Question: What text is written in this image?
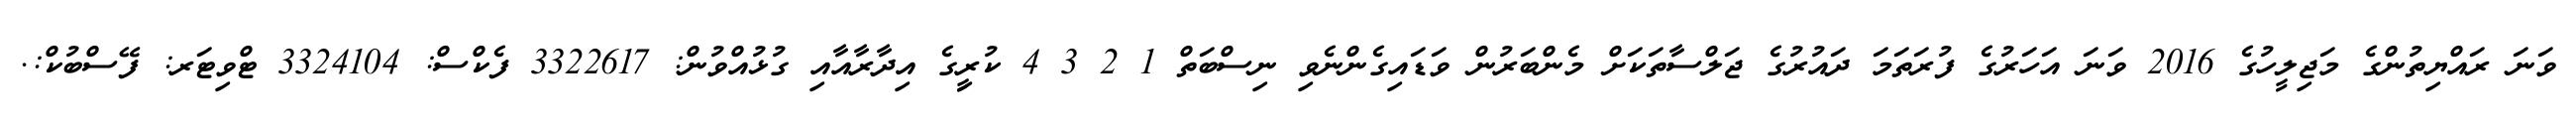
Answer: ވަނަ ރައްޔިތުންގެ މަޖިލީހުގެ 2016 ވަނަ އަހަރުގެ ފުރަތަމަ ދައުރުގެ ޖަލްސާތަކަށް މެންބަރުން ވަޑައިގެންނެވި ނިސްބަތް 1 2 3 4 ކުރިީގެ އިދާރާއާއި ގުޅުއްވުން: 3322617 ފެކްސް: 3324104 ޓްވިޓަރ: ފޭސްބުކް:.